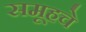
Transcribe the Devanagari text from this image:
समूहचे